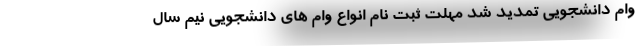
وام دانشجویی تمدید شد مهلت ثبت نام انواع وام های دانشجویی نیم سال